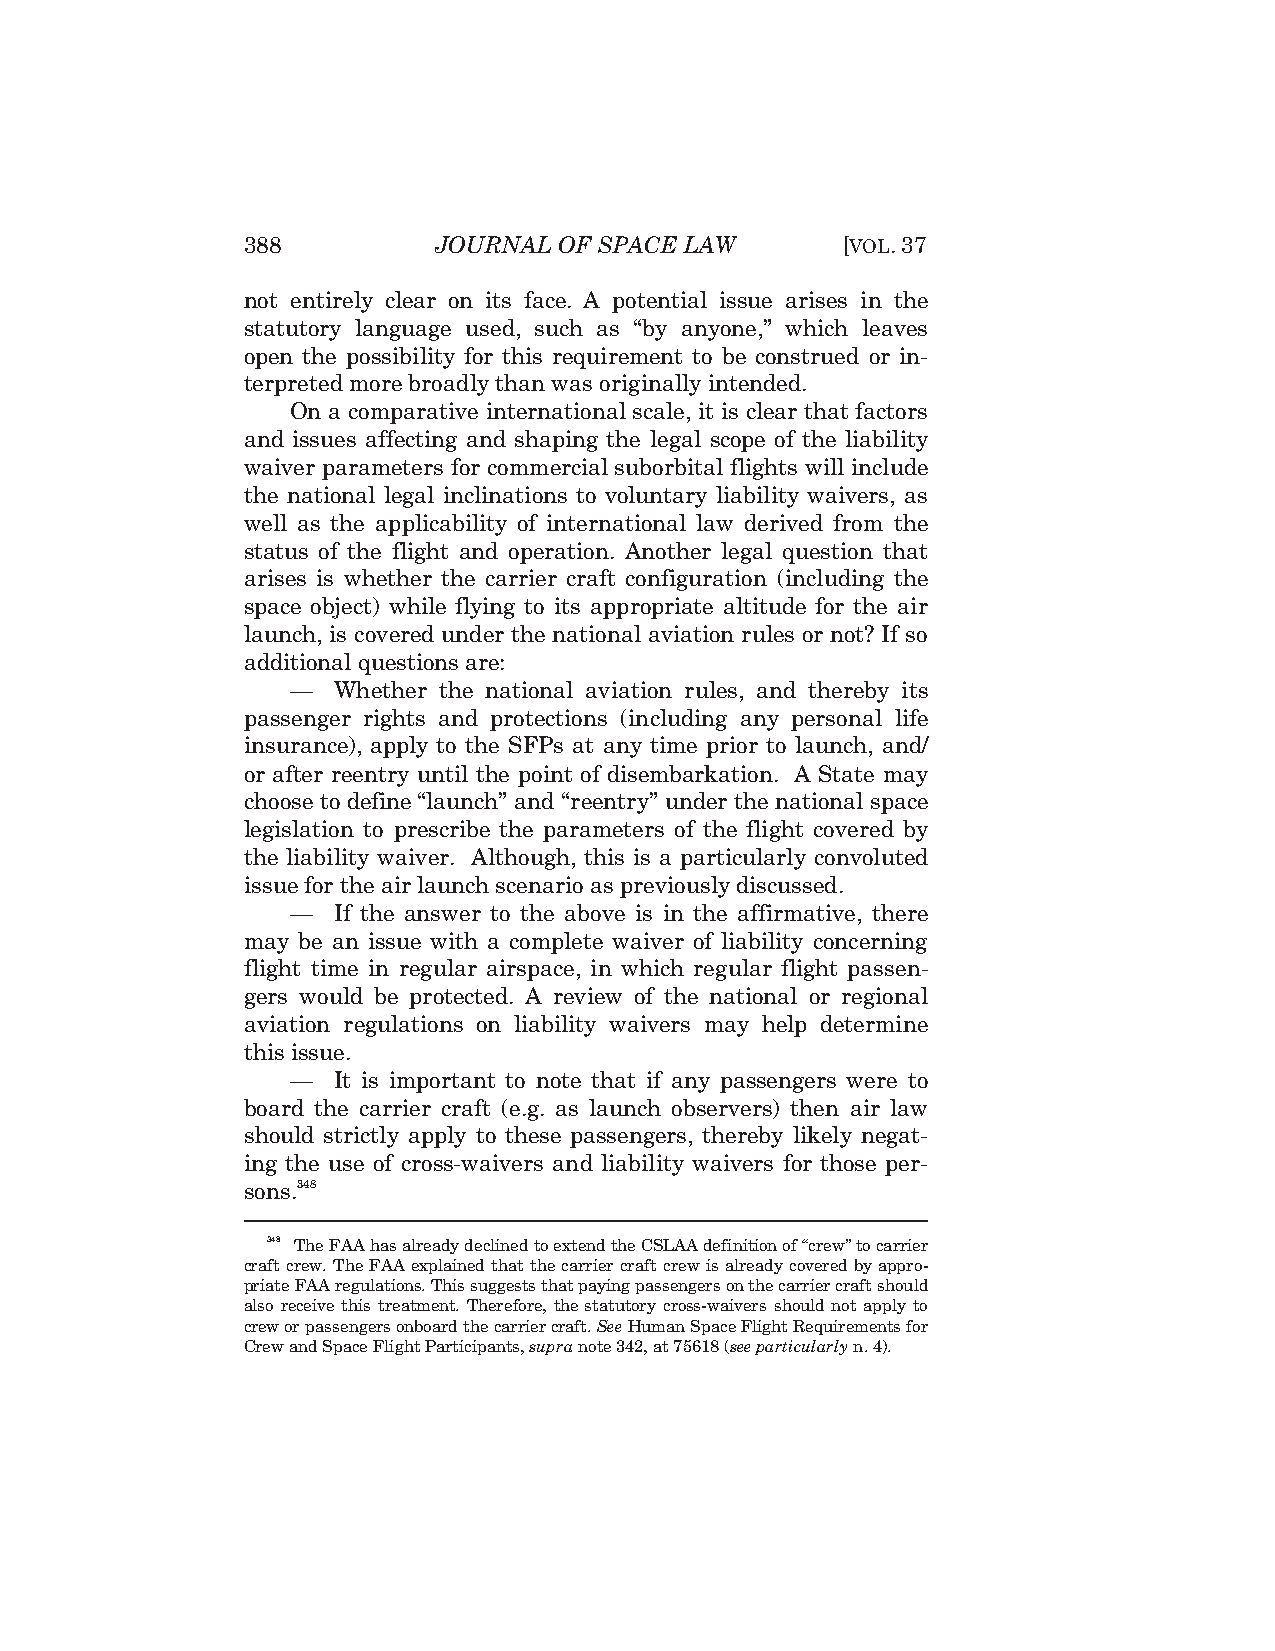
388          JOURNAL OF SPACE LAW       [VOL.37
 not entirely clear on its face. A potential issue arises in the
 statutory language used, such as “by anyone,” which leaves
 open the possibility for this requirement to be construed or in-
 terpreted more broadly than was originally intended.
 On a comparative international scale, it is clear that factors
 and issues affecting and shaping the legal scope of the liability
 waiver parameters for commercial suborbital flights will include
 the national legal inclinations to voluntary liability waivers, as
 well as the applicability of international law derived from the
 status of the flight and operation. Another legal question that
 arises is whether the carrier craft configuration (including the
 space object) while flying to its appropriate altitude for the air
 launch, is covered under the national aviation rules or not? If so
 additional questions are:
 —  Whether the national aviation rules, and thereby its
 passenger rights and protections (including any personal life
 insurance), apply to the SFPs at any time prior to launch, and/
 or after reentry until the point of disembarkation. A State may
 choose to define “launch” and “reentry” under the national space
 legislation to prescribe the parameters of the flight covered by
 the liability waiver. Although, this is a particularly convoluted
 issue for the air launch scenario as previously discussed.
 —  If the answer to the above is in the affirmative, there
 may be an issue with a complete waiver of liability concerning
 flight time in regular airspace, in which regular flight passen-
 gers would be protected. A review of the national or regional
 aviation regulations on liability waivers may help determine
 this issue.
 —  It is important to note that if any passengers were to
 board the carrier craft (e.g. as launch observers) then air law
 should strictly apply to these passengers, thereby likely negat-
 ing the use of cross-waivers and liability waivers for those per-
 sons.348
 348 The FAA has already declined to extend the CSLAA definition of “crew” to carrier
 craft crew. The FAA explained that the carrier craft crew is already covered by appro-
 priate FAA regulations. This suggests that paying passengers on the carrier craft should
 also receive this treatment. Therefore, the statutory cross-waivers should not apply to
 crew or passengers onboard the carrier craft. SeeHuman Space Flight Requirements for
 Crew and Space Flight Participants, supra note 342, at 75618 (see particularly n. 4).